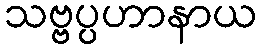
သဗ္ဗပ္ပဟာနာယ